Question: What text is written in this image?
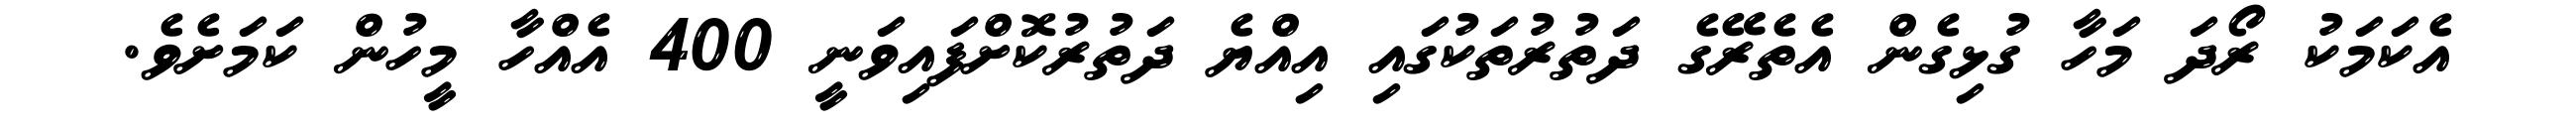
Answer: އެކަމަކު ރޯދަ މަހާ ގުޅިގެން އެތެރޭގެ ދަތުރުތަކުގައި އިއްޔެ ދަތުރުކޮށްފައިވަނީ 400 އެއްހާ މީހުން ކަމަށެވެ.